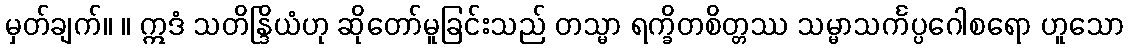
မှတ်ချက်။ ။ ဣဒံ သတိန္ဒြိယံဟု ဆိုတော်မူခြင်းသည် တသ္မာ ရက္ခိတစိတ္တဿ သမ္မာသင်္ကပ္ပဂေါစရော ဟူသော